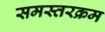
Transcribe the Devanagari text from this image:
समस्तरक्रम